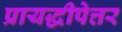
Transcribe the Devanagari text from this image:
प्रायद्धीपेत्तर